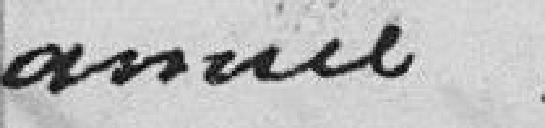
année.